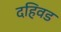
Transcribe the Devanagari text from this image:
दहिवड